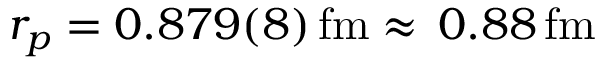
r _ { p } = 0 . 8 7 9 ( 8 ) \, \mathrm { f m } \approx \, 0 . 8 8 \, \mathrm { f m }